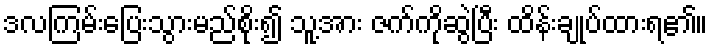
ဒလကြမ်းပြေးသွားမည်စိုး၍ သူ့အား ဇက်ကိုဆွဲပြီး ထိန်းချုပ်ထားရ၏။